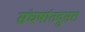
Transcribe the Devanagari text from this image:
संघर्षातदुसरा